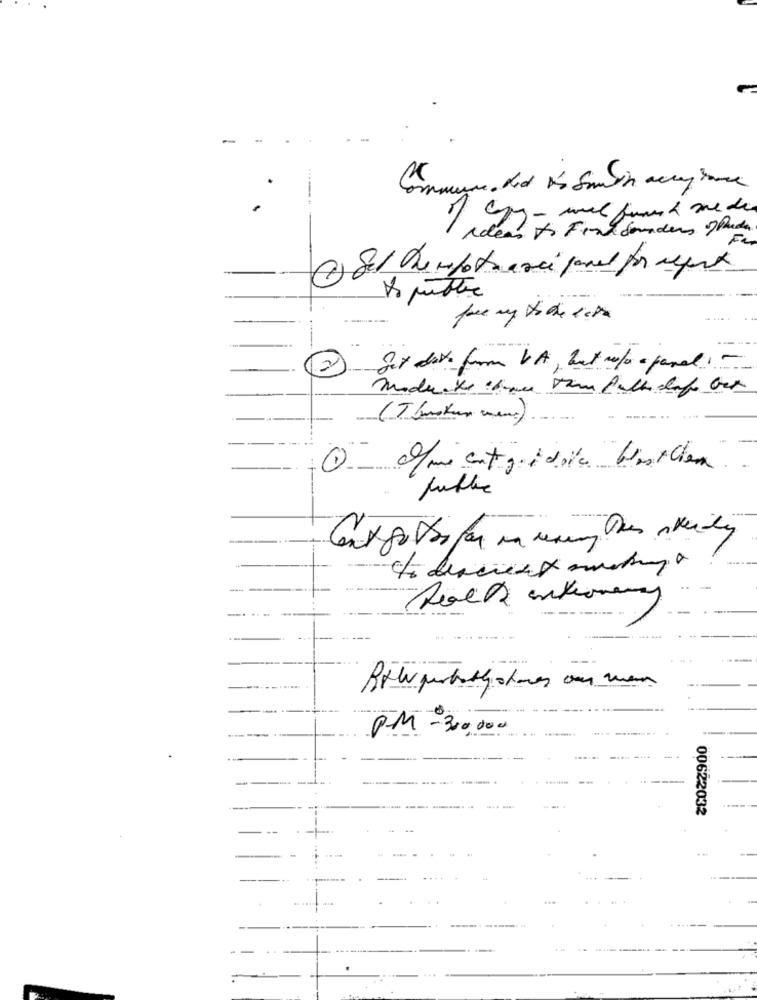
ideas to Find donders )Puede.
Fa
.....
2.
fot data form VA, but we/ a fare: -
Moderate :hace far falle cafe bar
(T busker men).
0
-----.... ..
P.M -300,000
00622032